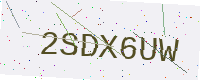
Text: 2SDX6UW